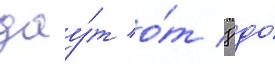
дау́т о́т 8 до́